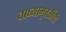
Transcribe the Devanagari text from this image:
वाघ्यामुरळींची